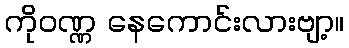
ကိုဝဏ္ဏ နေကောင်းလားဗျာ့။